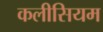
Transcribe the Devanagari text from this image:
कलीसियम